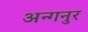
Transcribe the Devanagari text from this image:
अन्गनुर